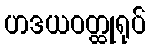
ဟဒယဝတ္ထုရုပ်